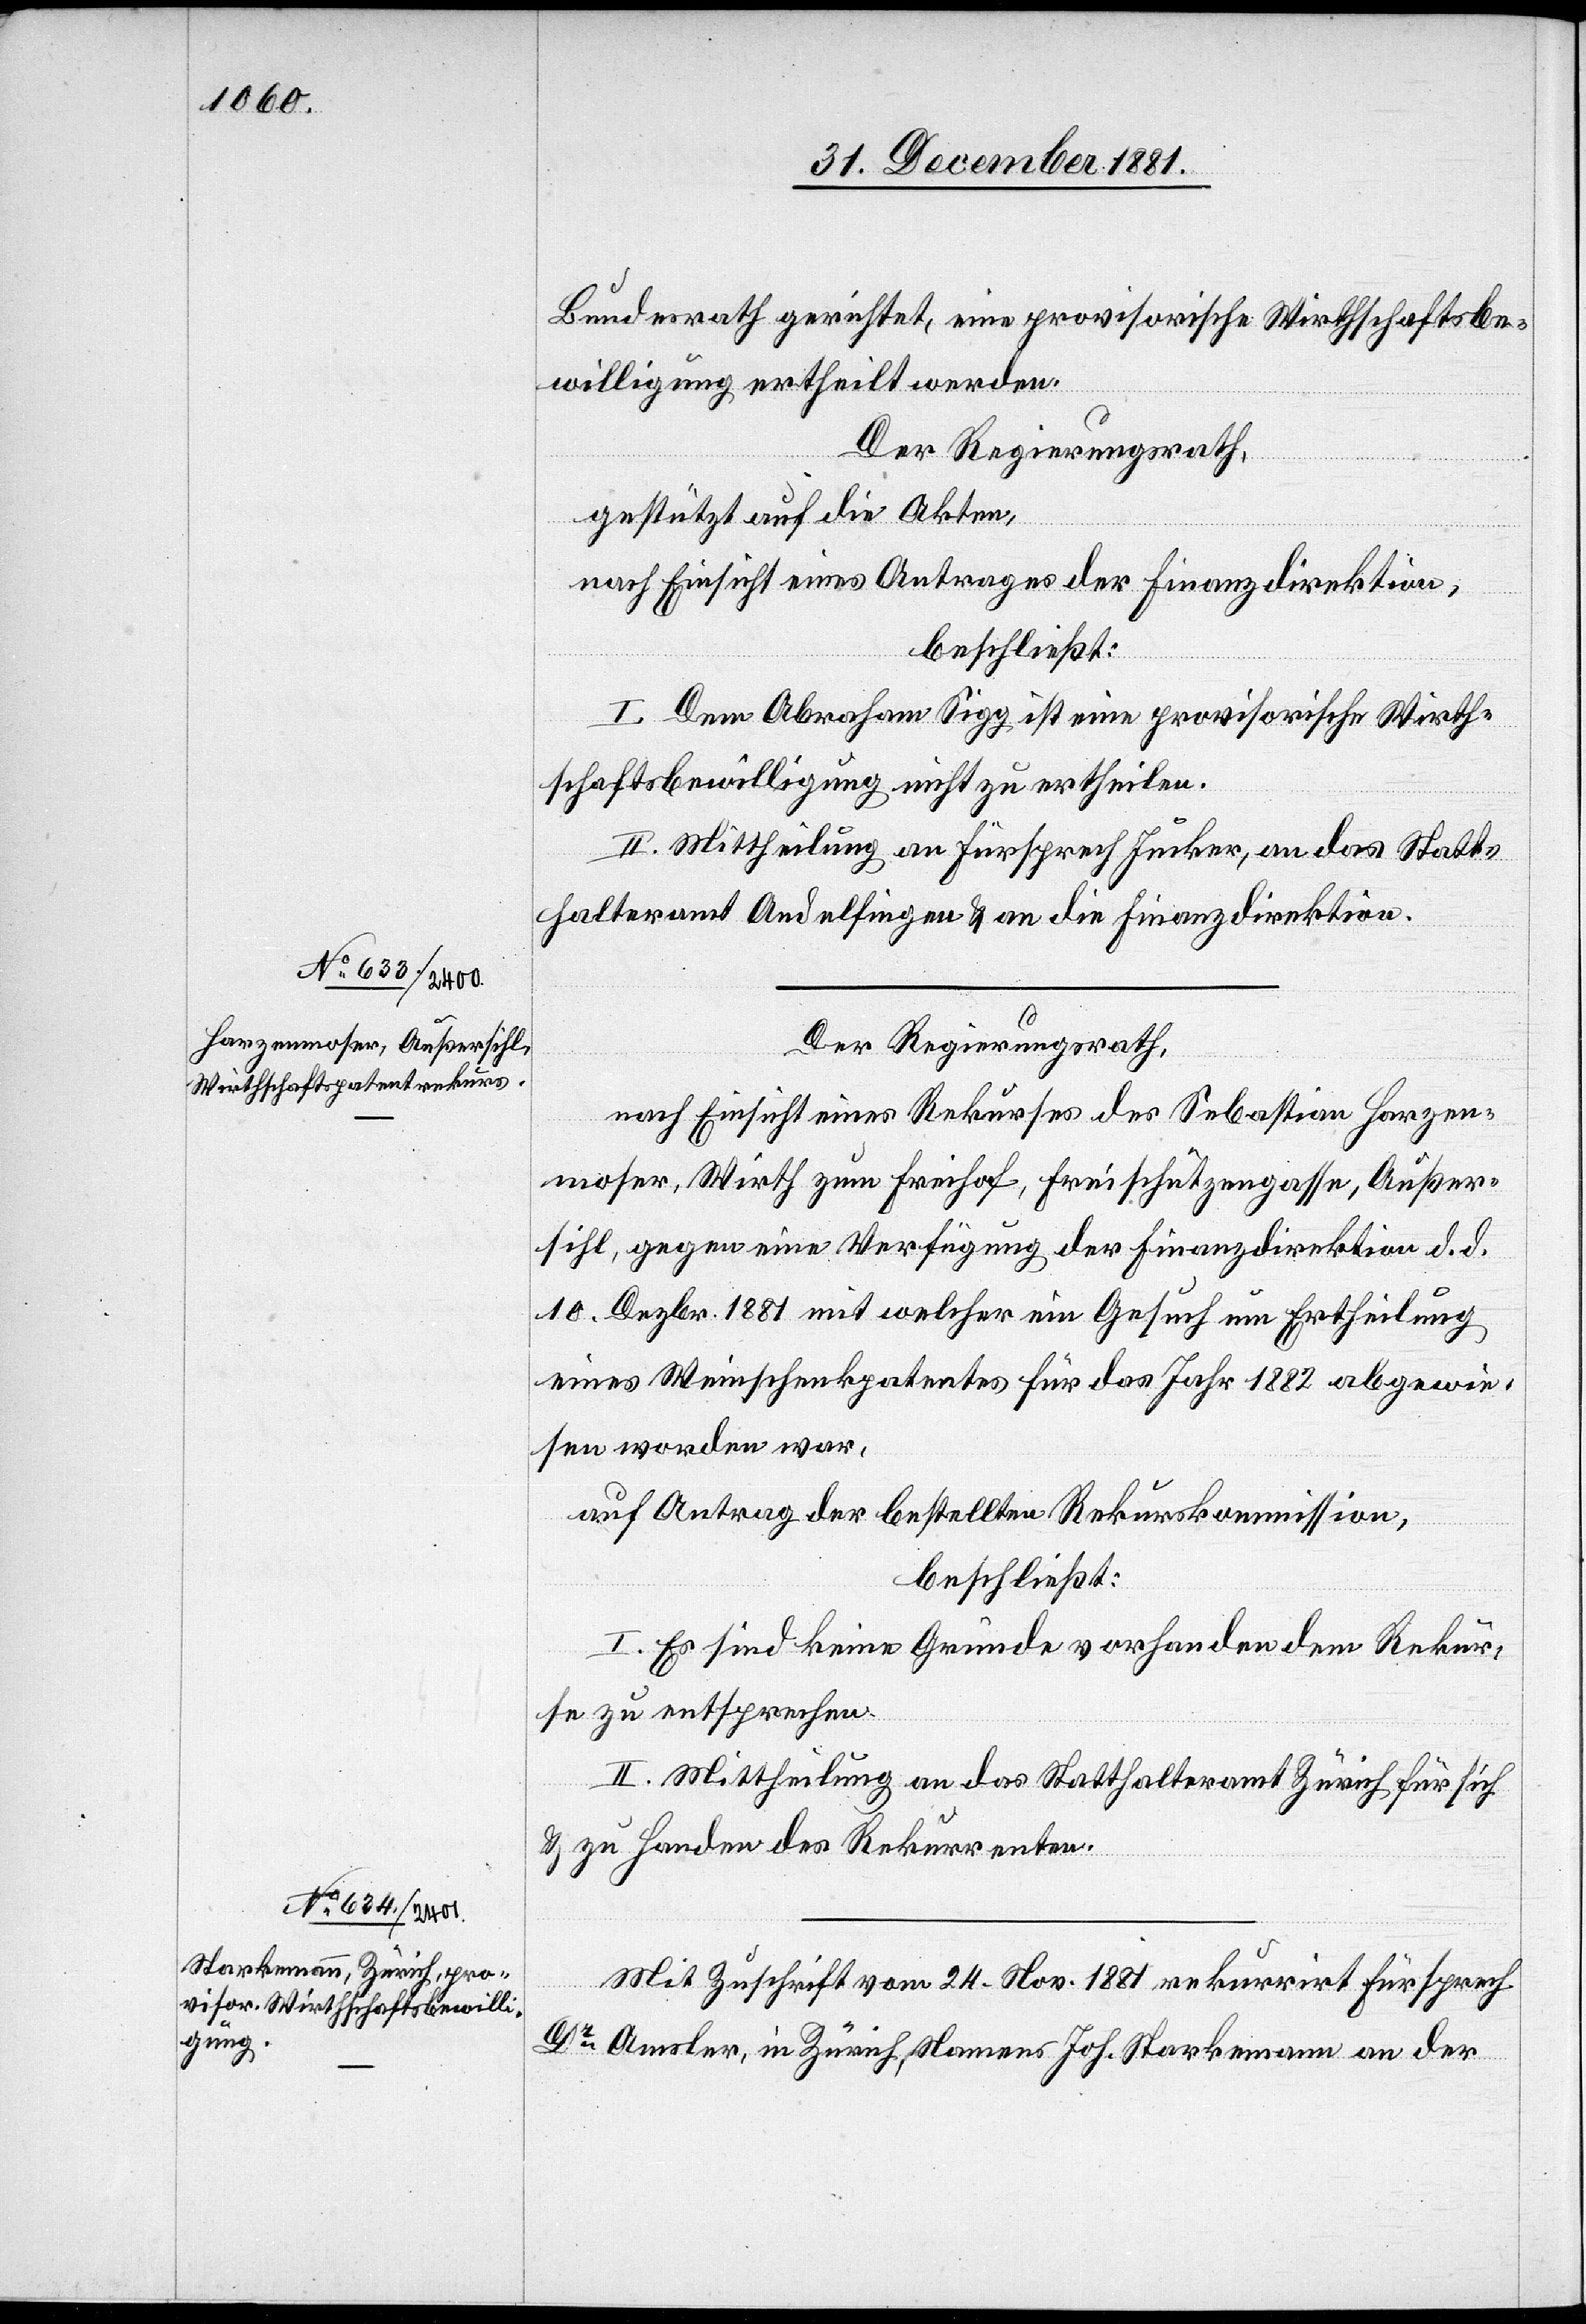
Bundesrath gerichtet, eine provisorische Wirthschaftsbe¬
willigung ertheilt werden.
Der Regierungsrath,
gestützt auf die Akten,
nach Einsicht eines Antrages der Finanzdirektion,
beschließt:
I. Dem Abraham Sigg ist eine provisorische Wirth¬
schaftsbewilligung nicht zu ertheilen.
II. Mittheilung an Fürsprech Jucker, an das Statt¬
halteramt Andelfingen & an die Finanzdirektion.
Der Regierungsrath,
nach Einsicht eines Rekurses des Sebastian Harzen¬
moser, Wirth zum Freihof, Freischützengasse, Außer¬
sihl, gegen eine Verfügung der Finanzdirektion d. d.
10. Dezbr. 1881 mit welcher ein Gesuch um Ertheilung
eines Weinschenkpatentes für das Jahr 1881 abgewie¬
sen worden war,
auf Antrag der bestellten Rekurskommission,
beschließt:
I. Es sind keine Gründe vorhanden dem Rekur¬
se zu entsprechen.
II. Mittheilung an das Statthalteramt Zürich für sich
& zu Handen des Rekurrenten.
Mit Zuschrift vom 24. Nov. 1881 rekurrirt Fürsprech
Dr Amsler, in Zürich, Namens Joh. Starkemann an der